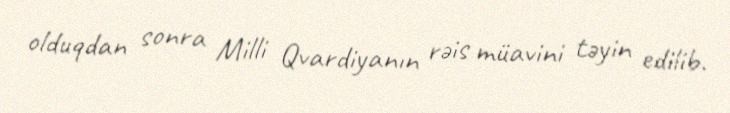
olduqdan sonra Milli Qvardiyanın rəis müavini təyin edilib.